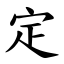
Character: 定